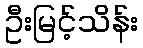
ဦးမြင့်သိန်း